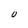
Character: U